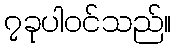
၇ခုပါဝင်သည်။